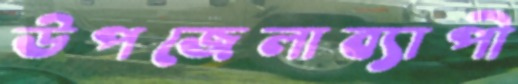
উপজেলাব্যাপী